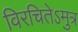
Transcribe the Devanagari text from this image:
विरचितेऽमुत्र